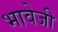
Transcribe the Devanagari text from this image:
भावेजी